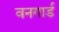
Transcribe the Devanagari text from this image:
वनगार्ड